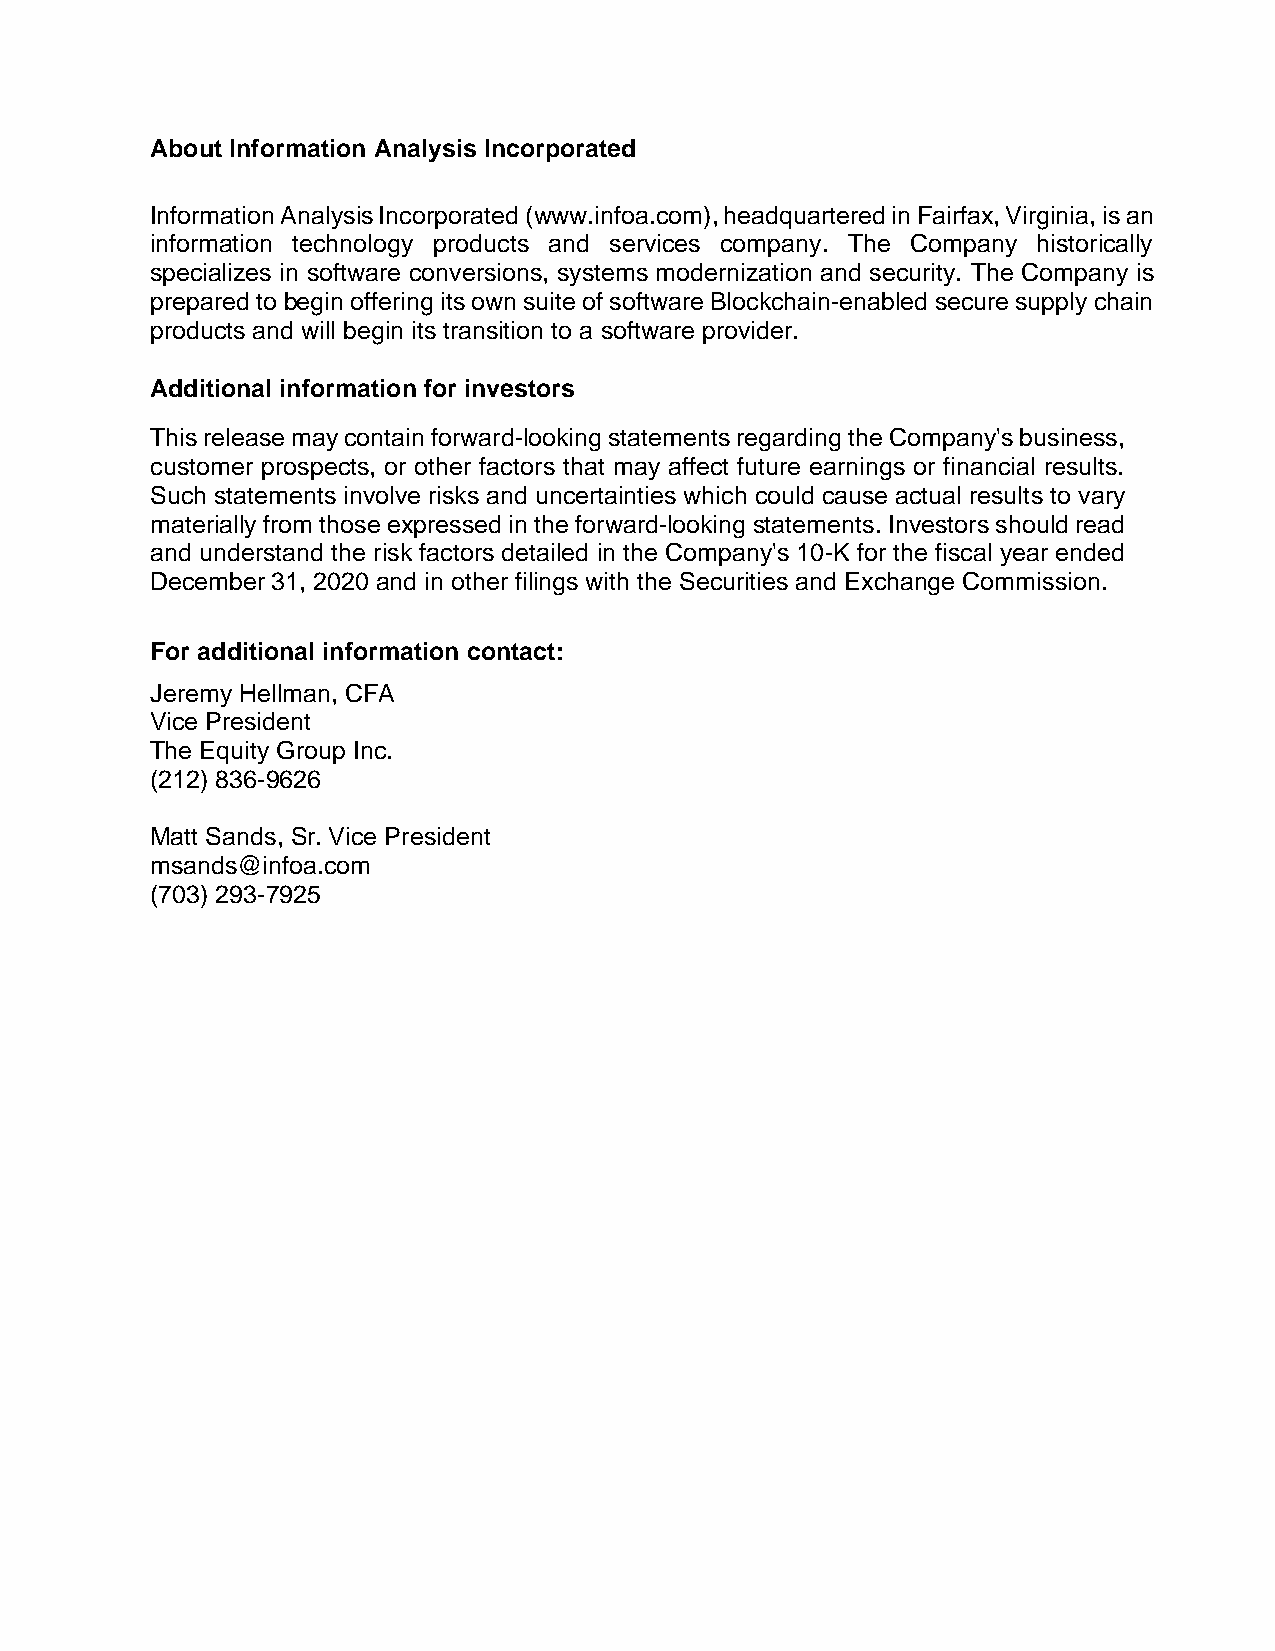
About Information Analysis Incorporated
 Information Analysis Incorporated (www.infoa.com), headquartered in Fairfax, Virginia, is an
 information technology products and services company. The Company historically
 specializes in software conversions, systems modernization and security. The Company is
 prepared to begin offering its own suite of software Blockchain-enabled secure supply chain
 products and will begin its transition to a software provider.
 Additional information for investors
 This release may contain forward-looking statements regarding the Company's business,
 customer prospects, or other factors that may affect future earnings or financial results.
 Such statements involve risks and uncertainties which could cause actual results to vary
 materially from those expressed in the forward-looking statements. Investors should read
 and understand the risk factors detailed in the Company's 10-K for the fiscal year ended
 December 31, 2020 and in other filings with the Securities and Exchange Commission.
 For additional information contact:
 Jeremy Hellman, CFA
 Vice President
 The Equity Group Inc.
 (212) 836-9626
 Matt Sands, Sr. Vice President
 msands@infoa.com
 (703) 293-7925